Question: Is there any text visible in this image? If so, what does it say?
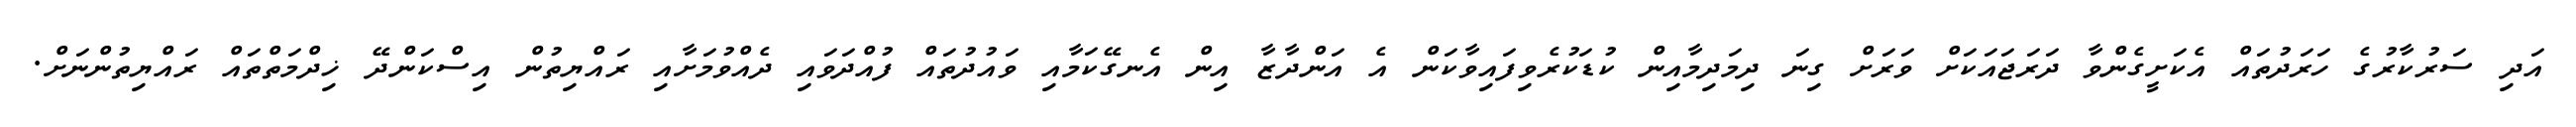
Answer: އަދި ސަރުކާރުގެ ހަރަދުތައް އެކަށީގެންވާ ދަރަޖައަކަށް ވަރަށް ގިނަ ދިމަދިމާއިން ކުޑަކުރެވިފައިވާކަން އެ އަންދާޒާ އިން އެނގޭކަމާއި ވައުދުތައް ފުއްދަވައި ދެއްވުމަށާއި ރައްޔިތުން އިސްކަންދޭ ޚިދްމަތްތައް ރައްޔިތުންނަށް.